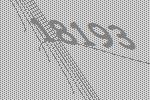
18193